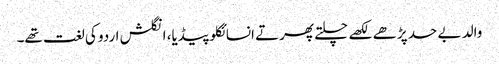
والد بے حد پڑھے لکھے چلتے پھرتے انسائکلوپیڈیا، انگلش اردو کی لغت تھے۔